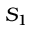
S _ { 1 }